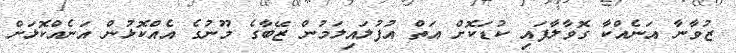
ޒުވާނާ އަނެއްކާ ގޮވާލާފައި ކުޑަކޮށް އަތް އުފުލައިލަމުން ޒޭބާގެ މޫނުގެ އެއްކޮޅުން އަނެއްކޮޅަށް